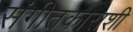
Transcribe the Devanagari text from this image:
संगीतकाराशी